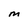
Character: M